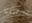
سيقتلنا